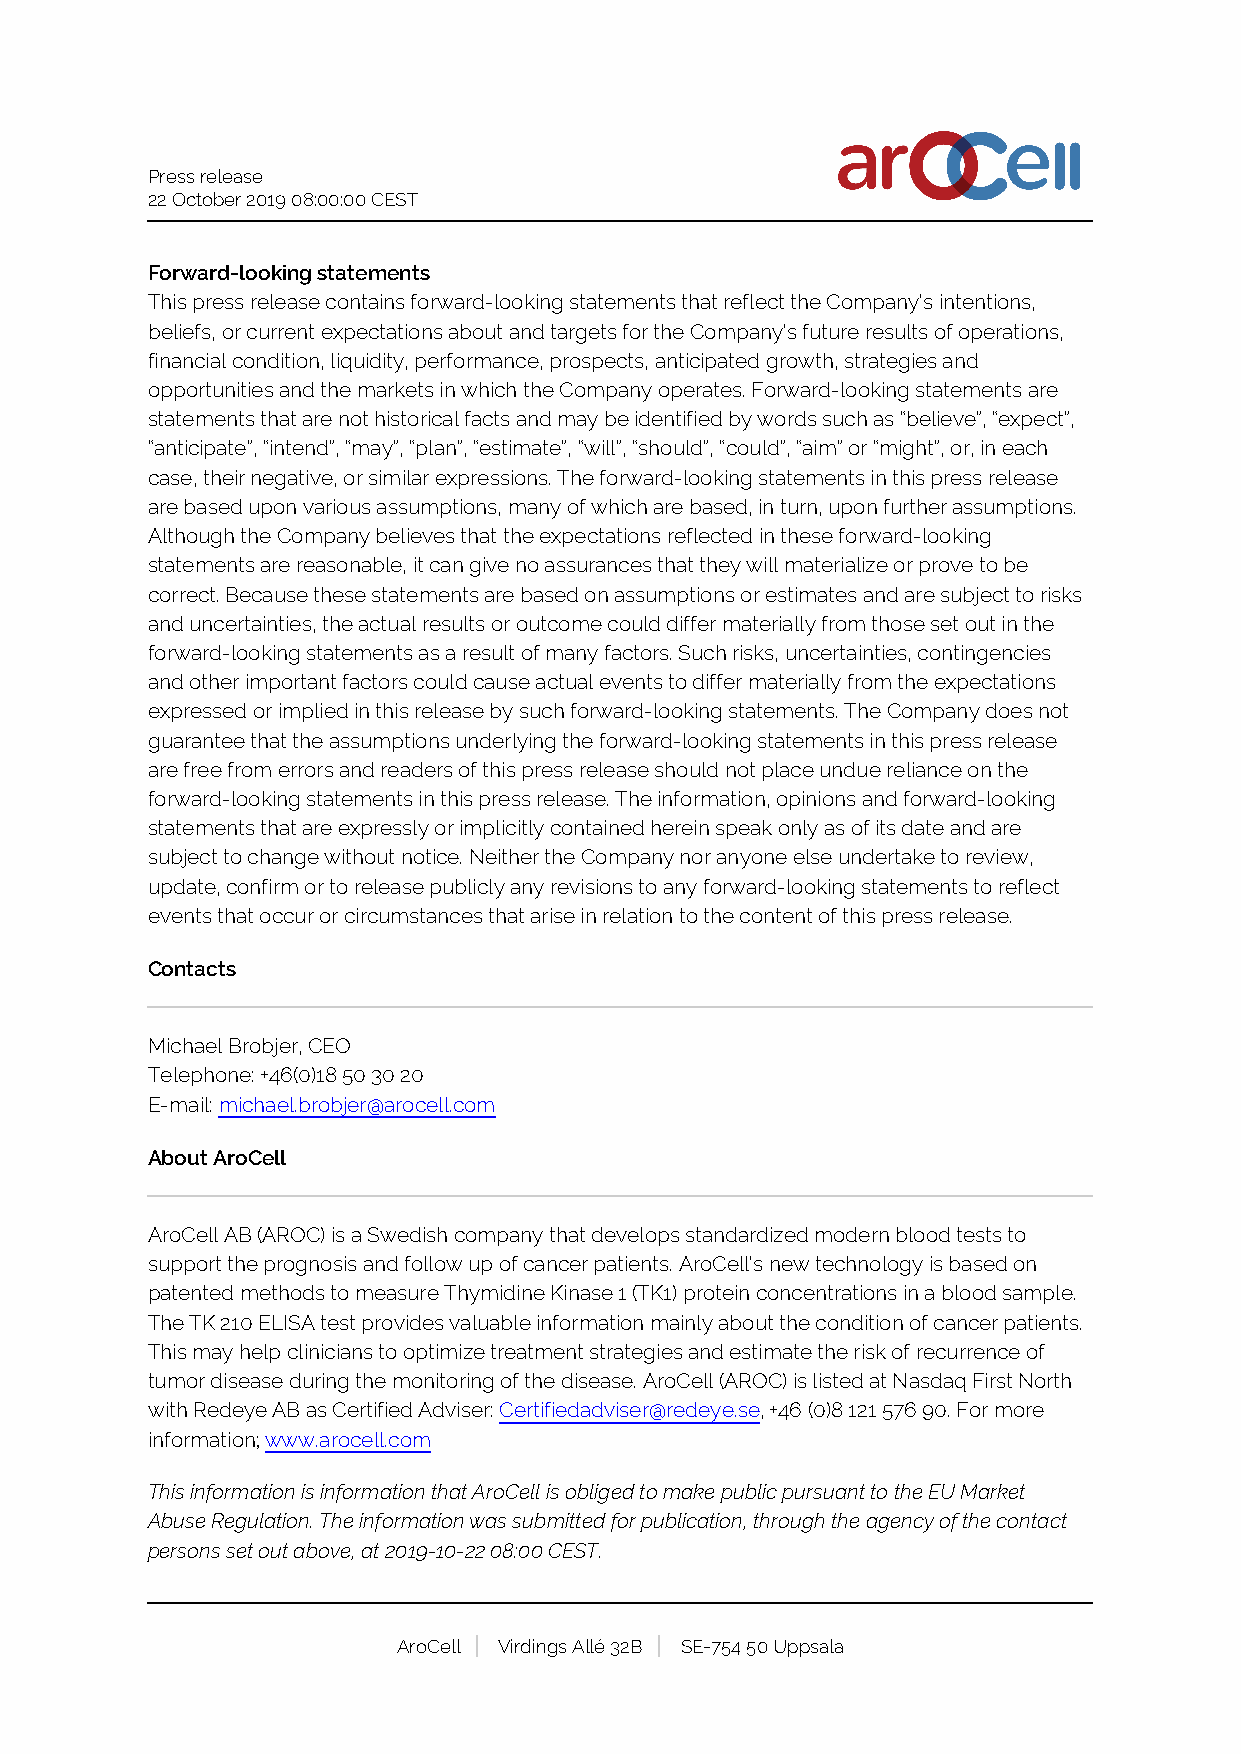
Press release
 22 October 2019 08:00:00 CEST
 Forward-looking statements
 This press release contains forward-looking statements that reflect the Company’s intentions,
 beliefs, or current expectations about and targets for the Company’s future results of operations,
 financial condition, liquidity, performance, prospects, anticipated growth, strategies and
 opportunities and the markets in which the Company operates. Forward-looking statements are
 statements that are not historical facts and may be identified by words such as “believe”, “expect”,
 “anticipate”, “intend”, “may”, “plan”, “estimate”, “will”, “should”, “could”, “aim” or “might”, or, in each
 case, their negative, or similar expressions. The forward-looking statements in this press release
 are based upon various assumptions, many of which are based, in turn, upon further assumptions.
 Although the Company believes that the expectations reflected in these forward-looking
 statements are reasonable, it can give no assurances that they will materialize or prove to be
 correct. Because these statements are based on assumptions or estimates and are subject to risks
 and uncertainties, the actual results or outcome could differ materially from those set out in the
 forward-looking statements as a result of many factors. Such risks, uncertainties, contingencies
 and other important factors could cause actual events to differ materially from the expectations
 expressed or implied in this release by such forward-looking statements. The Company does not
 guarantee that the assumptions underlying the forward-looking statements in this press release
 are free from errors and readers of this press release should not place undue reliance on the
 forward-looking statements in this press release. The information, opinions and forward-looking
 statements that are expressly or implicitly contained herein speak only as of its date and are
 subject to change without notice. Neither the Company nor anyone else undertake to review,
 update, confirm or to release publicly any revisions to any forward-looking statements to reflect
 events that occur or circumstances that arise in relation to the content of this press release.
 Contacts
 Michael Brobjer, CEO
 Telephone: +46(0)18 50 30 20
 E-mail: michael.brobjer@arocell.com
 About AroCell
 AroCell AB (AROC) is a Swedish company that develops standardized modern blood tests to
 support the prognosis and follow up of cancer patients. AroCell’s new technology is based on
 patented methods to measure Thymidine Kinase 1 (TK1) protein concentrations in a blood sample.
 The TK 210 ELISA test provides valuable information mainly about the condition of cancer patients.
 This may help clinicians to optimize treatment strategies and estimate the risk of recurrence of
 tumor disease during the monitoring of the disease. AroCell (AROC) is listed at Nasdaq First North
 with Redeye AB as Certified Adviser: Certifiedadviser@redeye.se, +46 (0)8 121 576 90. For more
 information; www.arocell.com
 This information is information that AroCell is obliged to make public pursuant to the EU Market
 Abuse Regulation. The information was submitted for publication, through the agency of the contact
 persons set out above, at 2019-10-22 08:00 CEST.
 AroCell Virdings Allé 32B SE-754 50 Uppsala